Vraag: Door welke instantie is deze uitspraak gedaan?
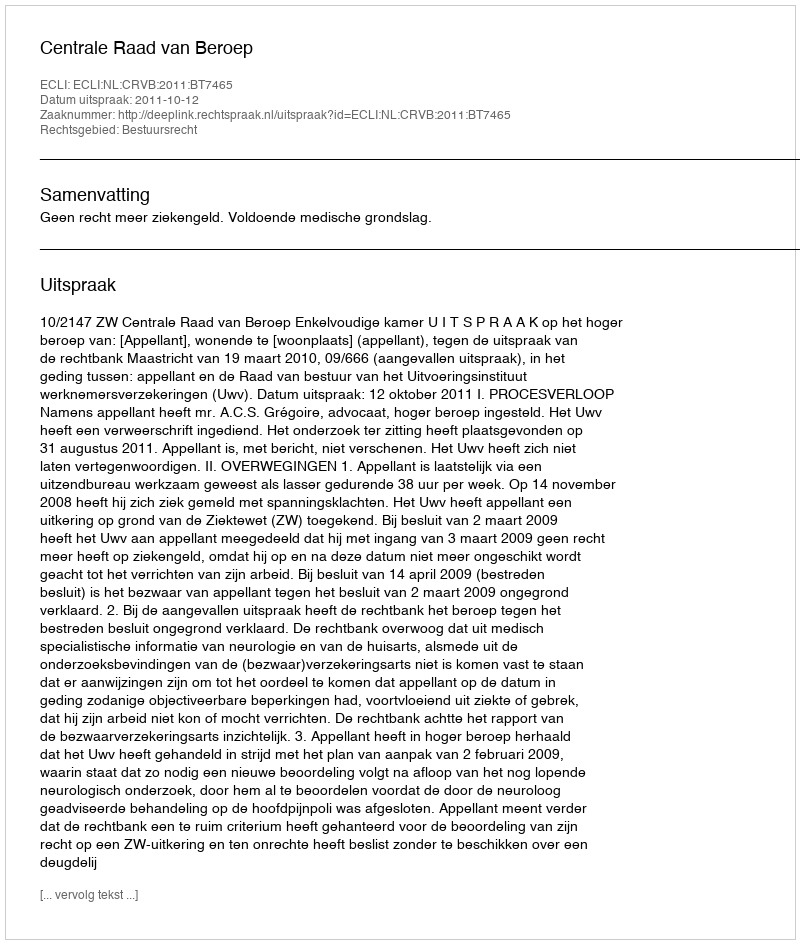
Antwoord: Centrale Raad van Beroep